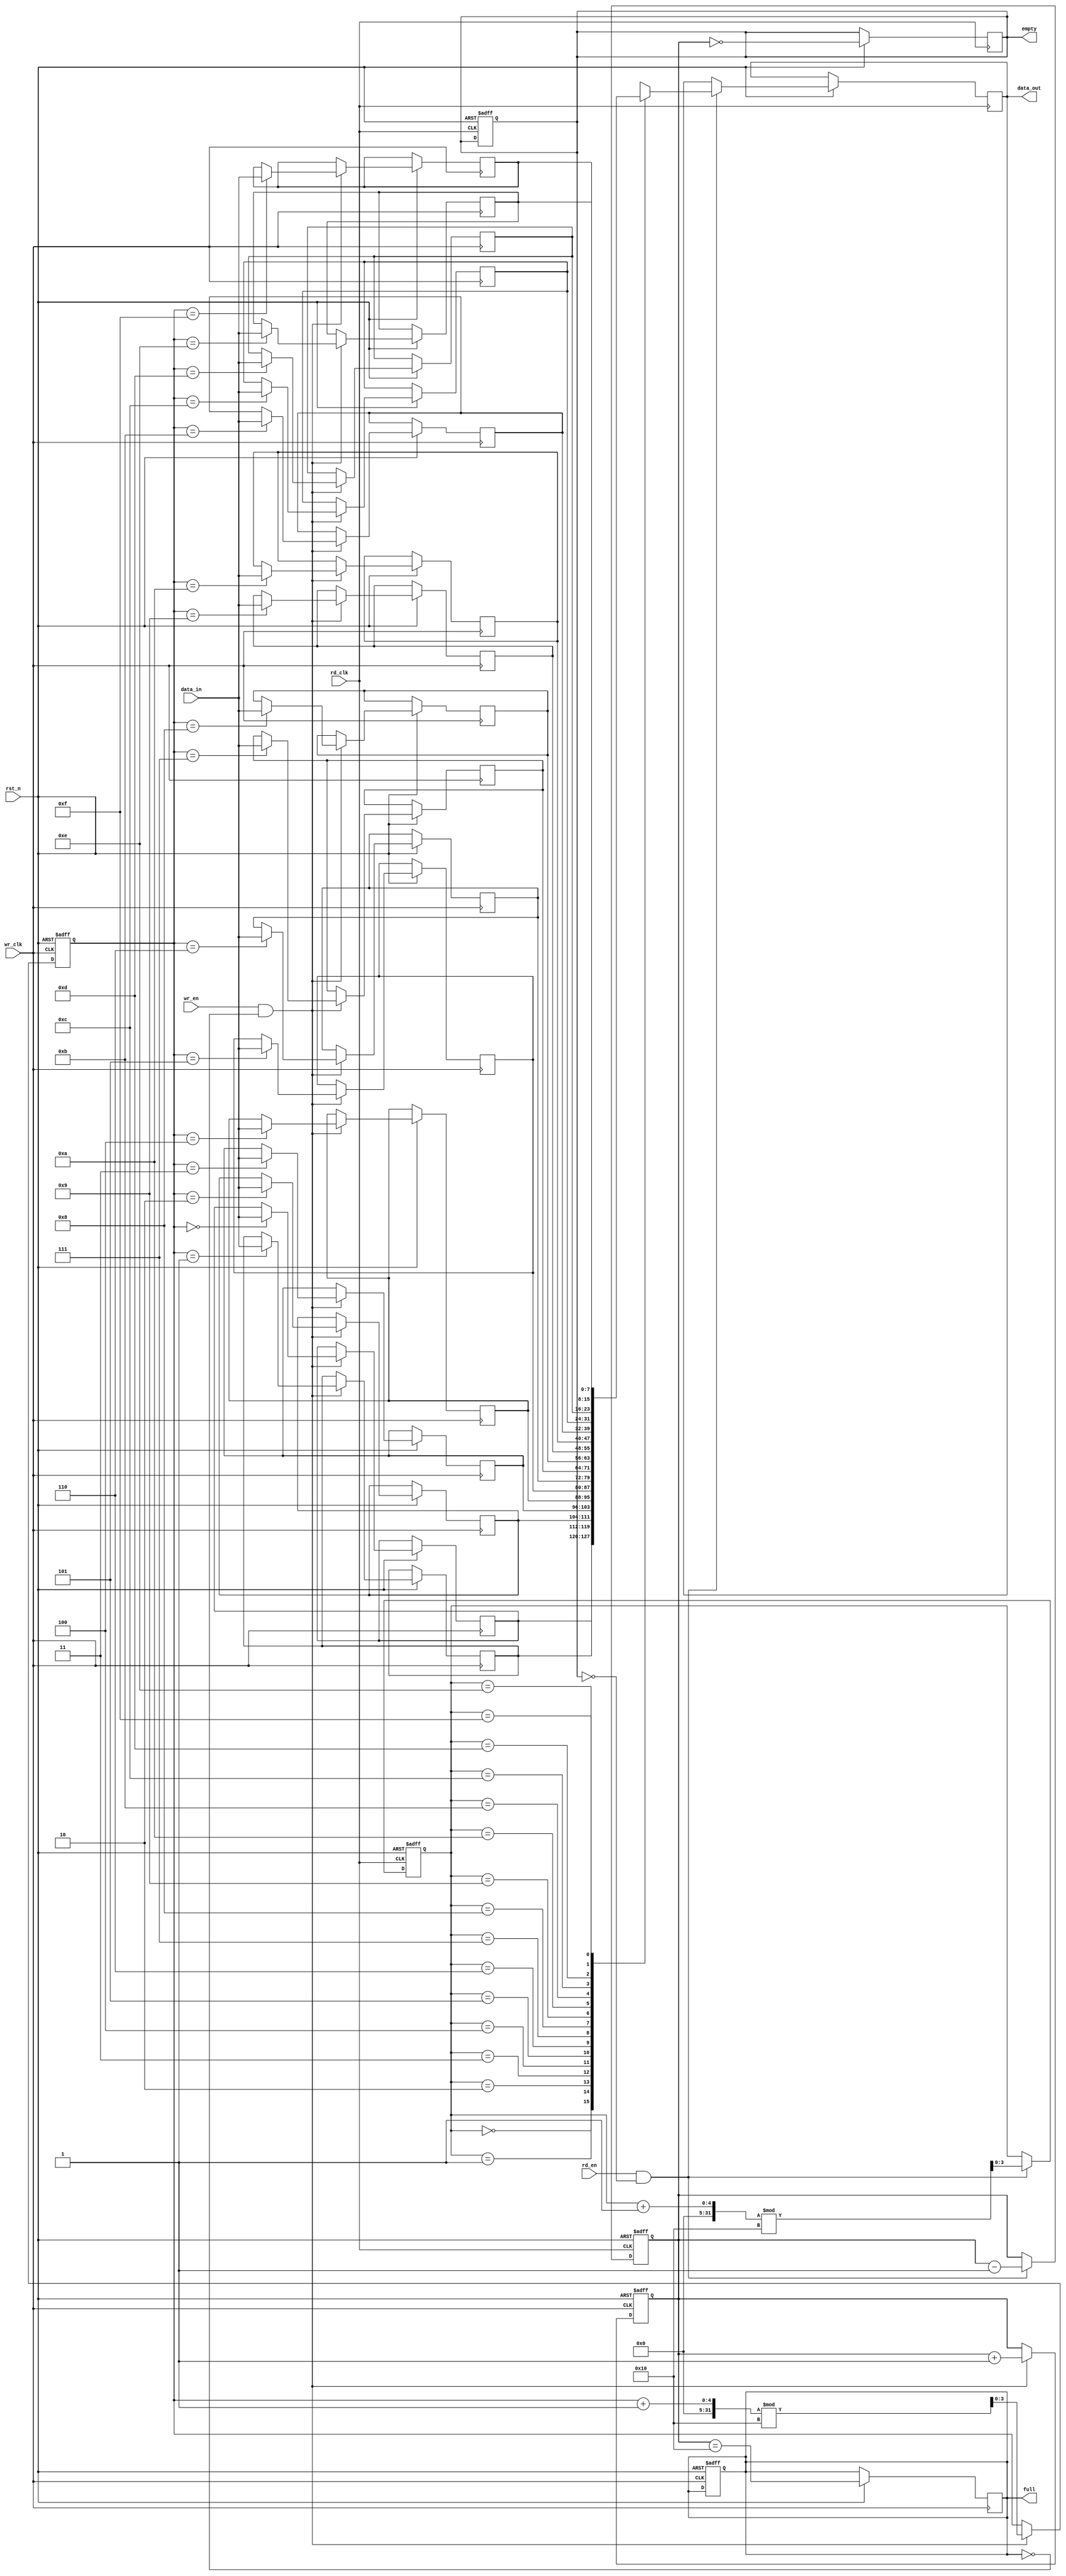
module async_fifo #(
    parameter DATA_WIDTH = 8,   // Width of each data entry
    parameter FIFO_DEPTH = 16    // Depth of the FIFO
) (
    input wire                  wr_clk,        // Write clock
    input wire                  rd_clk,        // Read clock
    input wire                  wr_en,         // Write enable
    input wire                  rd_en,         // Read enable
    input wire [DATA_WIDTH-1:0] data_in,      // Input data
    output reg [DATA_WIDTH-1:0] data_out,     // Output data
    output reg                  full,          // Full flag
    output reg                  empty,         // Empty flag
    input wire                  rst_n          // Asynchronous reset (active low)
);

    // Memory array
    reg [DATA_WIDTH-1:0] fifo_mem [0:FIFO_DEPTH-1];

    // Write and Read pointers
    reg [3:0] wr_ptr;    // Write pointer
    reg [3:0] rd_ptr;    // Read pointer
    reg [4:0] count;     // Number of elements in the FIFO

    // Asynchronous reset
    always @(posedge wr_clk or negedge rst_n) begin
        if (!rst_n) begin
            wr_ptr <= 0;
            count <= 0;
            full <= 0;
        end else if (wr_en && !full) begin
            fifo_mem[wr_ptr] <= data_in;  // Write data to FIFO
            wr_ptr <= (wr_ptr + 1) % FIFO_DEPTH; // Increment and wrap
            count <= count + 1; // Increment count
        end
    end

    // Manage full flag
    always @(posedge wr_clk) begin
        if (rst_n) begin
            full <= (count == FIFO_DEPTH);
        end
    end

    // Manage empty flag
    always @(posedge rd_clk or negedge rst_n) begin
        if (!rst_n) begin
            rd_ptr <= 0;
            count <= 0;
            empty <= 1;
        end else if (rd_en && !empty) begin
            data_out <= fifo_mem[rd_ptr]; // Read data from FIFO
            rd_ptr <= (rd_ptr + 1) % FIFO_DEPTH; // Increment and wrap
            count <= count - 1; // Decrement count
        end
    end

    // Manage empty flag
    always @(posedge rd_clk) begin
        if (rst_n) begin
            empty <= (count == 0);
        end
    end

endmodule